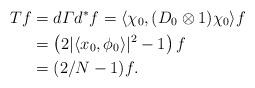
LaTeX: \begin{align*}Tf & = d \varGamma d^*f = \langle \chi_0, (D_0 \otimes 1) \chi_0 \rangle f \\& = \left( 2 |\langle x_0, \phi_0 \rangle |^2 -1 \right) f \\& = (2/N-1) f. \end{align*}